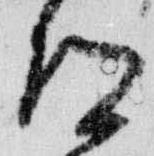
道